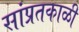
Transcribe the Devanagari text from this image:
सांप्रतकाळी